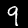
Label: 9